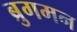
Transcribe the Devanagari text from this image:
ब्रुगमन